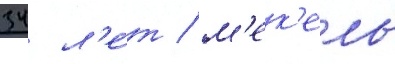
34 л'е́т / м'ек'ель